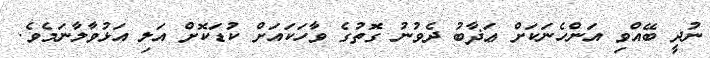
ނުދީ ބޭއްވި އަންހެނަކަށް ޢަޛާބު ދެވުނު ގޮތުގެ ވާހަކައަށް ކުޑަކޮށް އަލި އަޅުވާލާނަމެވެ.